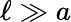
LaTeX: \ell\gg a